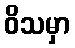
ဝိသမှာ